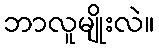
ဘာလူမျိုးလဲ။